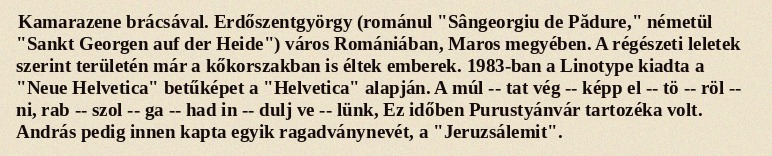
Kamarazene brácsával. Erdőszentgyörgy (románul "Sângeorgiu de Pădure," németül "Sankt Georgen auf der Heide") város Romániában, Maros megyében. A régészeti leletek szerint területén már a kőkorszakban is éltek emberek. 1983-ban a Linotype kiadta a "Neue Helvetica" betűképet a "Helvetica" alapján. A múl -- tat vég -- képp el -- tö -- röl -- ni, rab -- szol -- ga -- had in -- dulj ve -- lünk, Ez időben Purustyánvár tartozéka volt. András pedig innen kapta egyik ragadványnevét, a "Jeruzsálemit".